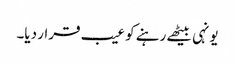
یونہی بیٹھے رہنے کو عیب قرار دیا۔